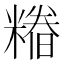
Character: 𮇺